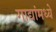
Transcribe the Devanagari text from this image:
गाद्यांमध्ये